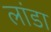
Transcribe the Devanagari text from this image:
लांडा